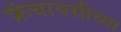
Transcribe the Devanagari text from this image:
फ्रंचायसीच्या